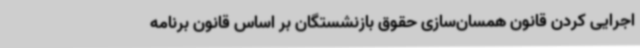
اجرایی کردن قانون همسان‌سازی حقوق بازنشستگان بر اساس قانون برنامه